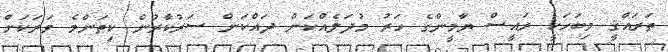
ތަރައްޤީ މިބަހަކީ ރައީސް ޔާމީންގެ ހަރު މުދަލެއްކަން ދައްކަން ސަރުކާރުން ކިތަންމެ ވަރަކަށް